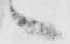
へ